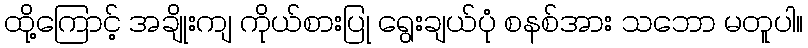
ထို့ကြောင့် အချိုးကျ ကိုယ်စားပြု ရွေးချယ်ပုံ စနစ်အား သဘော မတူပါ။